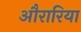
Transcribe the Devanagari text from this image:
औरारिया